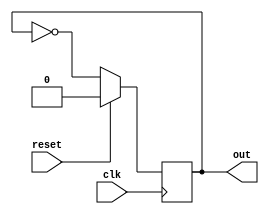
module clk_divide_R(out,clk,reset);
output reg out;
input clk,reset;
initial
out=0;
always @ (posedge clk)
begin
if(reset==1)
out=1'b0;
else
out=~out;
end
endmodule


module clk_divide_F(out,clk,reset);
output reg out;
input clk,reset;
initial
out=0;
always @ (negedge clk)
begin
if(reset==1)
out=0;
else
out=~out;
end
endmodule 

module pulse_main(out,clk,reset);
output out;
input clk,reset;
wire w1,w2,w3,w4,w5;
clk_divide_R d1(w1,clk,reset);
clk_divide_R d2(w2,w1,reset);
clk_divide_F d3(w3,clk,reset);
clk_divide_F d4(w4,w3,reset);

assign #5 out=~(w4^w2);

endmodule